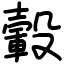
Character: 轂